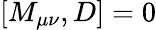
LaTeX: [M_{\mu\nu},D]=0